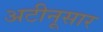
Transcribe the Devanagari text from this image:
अटीनूसार